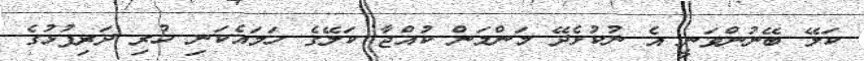
ކަލޭ ބޭނުންވަނީ އެ ނުކުޅެދޭ މަންމަން ކުއްޖާ ކަލޭގެ ހަމައެކަނި ހުރި ދަރިފުޅުގެ